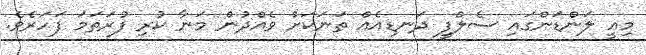
މިއީ ލަންޑަންގައި ސެލްފީ ދަނޑިއެއް ތަނަކަށް ވެއްދުން މަނާ ކުރި ފުރަތަމަ ފަހަރެވެ.